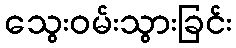
သွေးဝမ်းသွားခြင်း